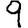
Digit: 9